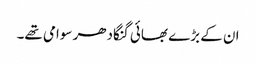
ان کے بڑے بھائی گنگادھر سوامی تھے۔